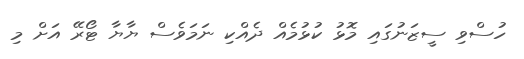
ހުސްވި ސީޒަނުގައި މޮޅު ކުޅުމެއް ދެއްކި ނަމަވެސް ޔާޔާ ޓޯރޭ އަށް މި